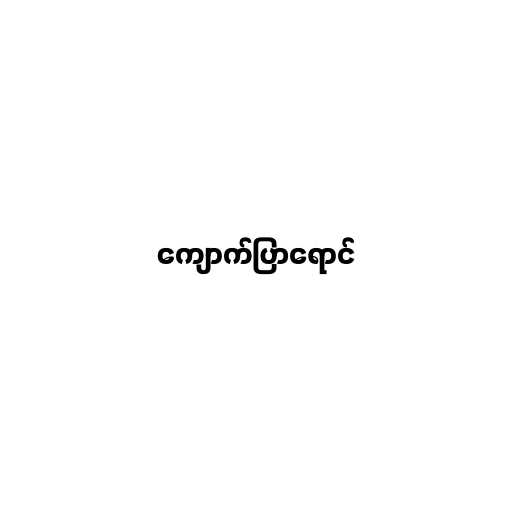
ကျောက်ပြာရောင်